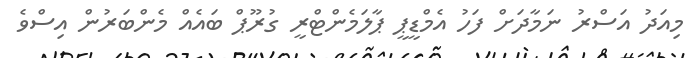
މިއަދު އަސްރު ނަމާދަށް ފަހު އެމްޑީޕީ ޕާލަމެންޓްރީ ގުރޫޕް ބައެއް މެންބަރުން އިސްވެ